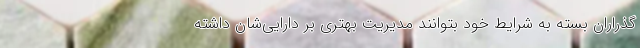
‌گذراران بسته به شرایط خود بتوانند مدیریت بهتری بر دارایی‌شان داشته